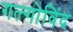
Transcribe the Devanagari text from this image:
गल्गोविंद